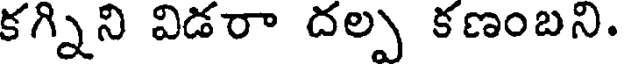
కగ్నిని విడరా దల్ప కణంబని.